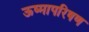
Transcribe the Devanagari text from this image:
ऊष्मापरिषण